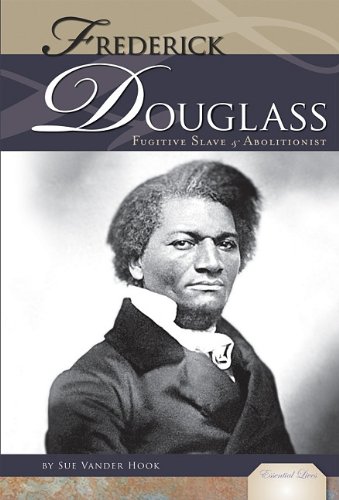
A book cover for Frederick Douglass: Fugitive Slave and Abolitionist (Essential Lives); Sue Vander Hook; Teen & Young Adult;